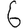
Digit: 6